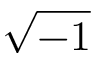
\sqrt { - 1 }